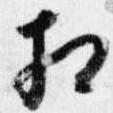
相